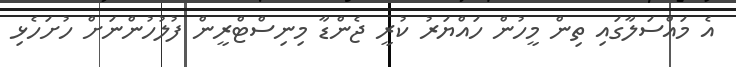
އެ މައްސަލާގައި ތިން މީހުން ހައްޔަރު ކުރީ ޖެންޑާ މިނިސްޓްރީން ފުލުހުންނަށް ހުށަހެޅި